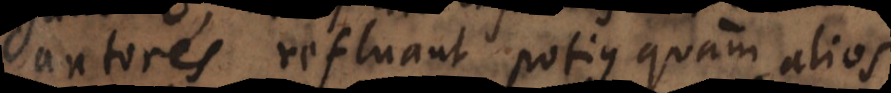
autores refluant potius quam alios